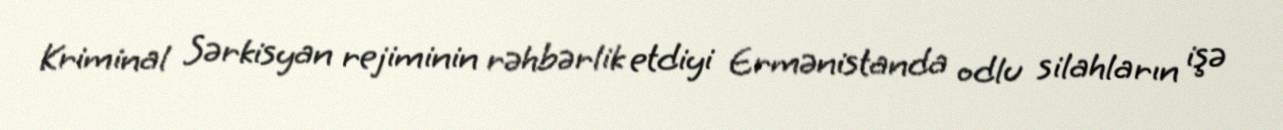
Kriminal Sərkisyan rejiminin rəhbərlik etdiyi Ermənistanda odlu silahların işə